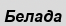
Белада